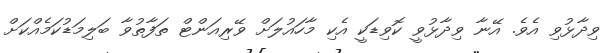
ވިދާޅުވި އެވެ. އޭނާ ވިދާޅުވީ ކޮވިޑަކީ އެކި މާހައުލަށް ވޭރިއަންޓް ތަފާތުވާ ބަލިމަޑުކަމެއްކަށް